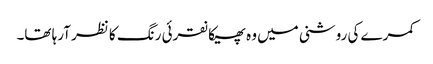
کمرے کی روشنی میں وہ پھیکا نقرئی رنگ کا نظر آرہا تھا۔